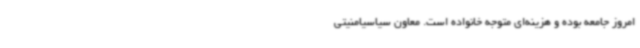
امروز جامعه بوده و هزینه‌ای متوجه خانواده است. معاون سیاسیامنیتی